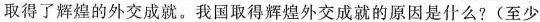
取得了辉煌的外交成就。我国取得辉煌外交成就的原因是什么?(至少